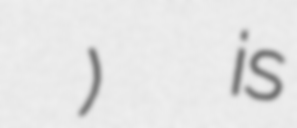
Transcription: डुङ्गेश्वर मन्दिर)  is